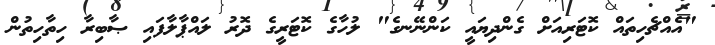
"އެއްޗެހިތައް ކޮޓަރިއަށް ގެންދިޔައީ ކަންނޭނގެ" ލުހާގެ ކޮޓަރީގެ ދޮރު ލައްޕާލާފައި ޞާބިރާ ހިތާހިތުން